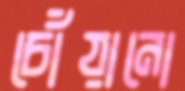
চোঁয়ানো